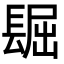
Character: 镼